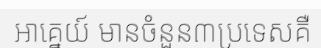
អាគ្នេយ៍ មានចំនួន៣ប្រទេសគឺ